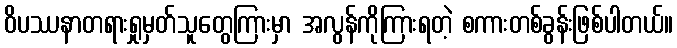
ဝိပဿနာတရားရှုမှတ်သူတွေကြားမှာ အလွန်ကိုကြားရတဲ့ စကားတစ်ခွန်းဖြစ်ပါတယ်။